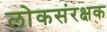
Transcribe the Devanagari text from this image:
लोकसंरक्षक